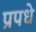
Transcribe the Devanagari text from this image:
प्रपधे